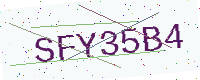
Text: SFY35B4